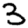
Digit: 3